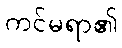
ကင်မရာ၏